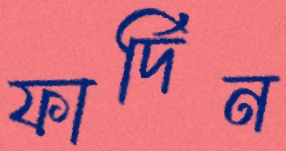
ফার্দিন